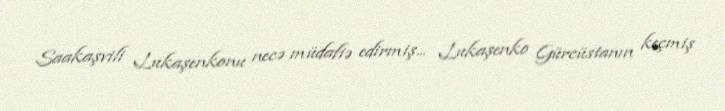
Saakaşvili Lukaşenkonu necə müdafiə edirmiş... Lukaşenko Gürcüstanın keçmiş